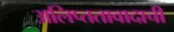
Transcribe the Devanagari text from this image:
अलिप्ततावादाची